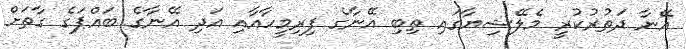
އޭނާ ދަތުރުކުރީ މެލޭޝިޔާގައި ތިބި އޭނާގެ ފިރިމީހާއާއި އަދި އޭނާގެ ބައްޕަގެ ގާތަށް